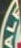
ALP